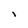
Character: I